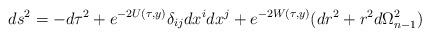
LaTeX: \begin{align*}ds^2 = - d\tau^2+e^{-2U(\tau, y)}\delta_{ij}dx^idx^j+e^{-2W(\tau, y)} (dr^2+r^2d\Omega_{n-1}^2)\end{align*}